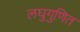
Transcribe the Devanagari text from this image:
लघुगुणित